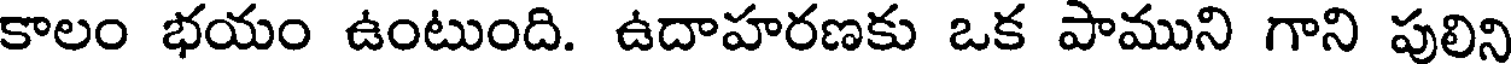
కాలం భయం ఉంటుంది. ఉదాహరణకు ఒక పాముని గాని పులిని